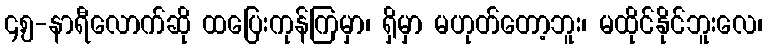
၄,၅-နာရီလောက်ဆို ထပြေးကုန်ကြမှာ၊ ရှိမှာ မဟုတ်တော့ဘူး၊ မထိုင်နိုင်ဘူးလေ၊